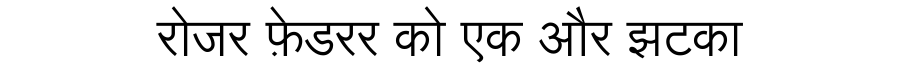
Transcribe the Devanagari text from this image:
रोजर फ़ेडरर को एक और झटका